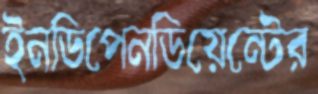
ইনডিপেনডিয়েন্টের